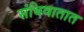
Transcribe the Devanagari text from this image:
संधिवातात